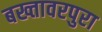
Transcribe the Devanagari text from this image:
बख्तावरपुरा